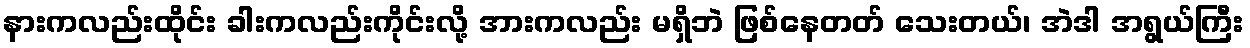
နားကလည်းထိုင်း ခါးကလည်းကိုင်းလို့ အားကလည်း မရှိဘဲ ဖြစ်နေတတ် သေးတယ်၊ အဲဒါ အရွယ်ကြီး